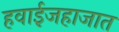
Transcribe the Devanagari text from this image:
हवाईजहाजात